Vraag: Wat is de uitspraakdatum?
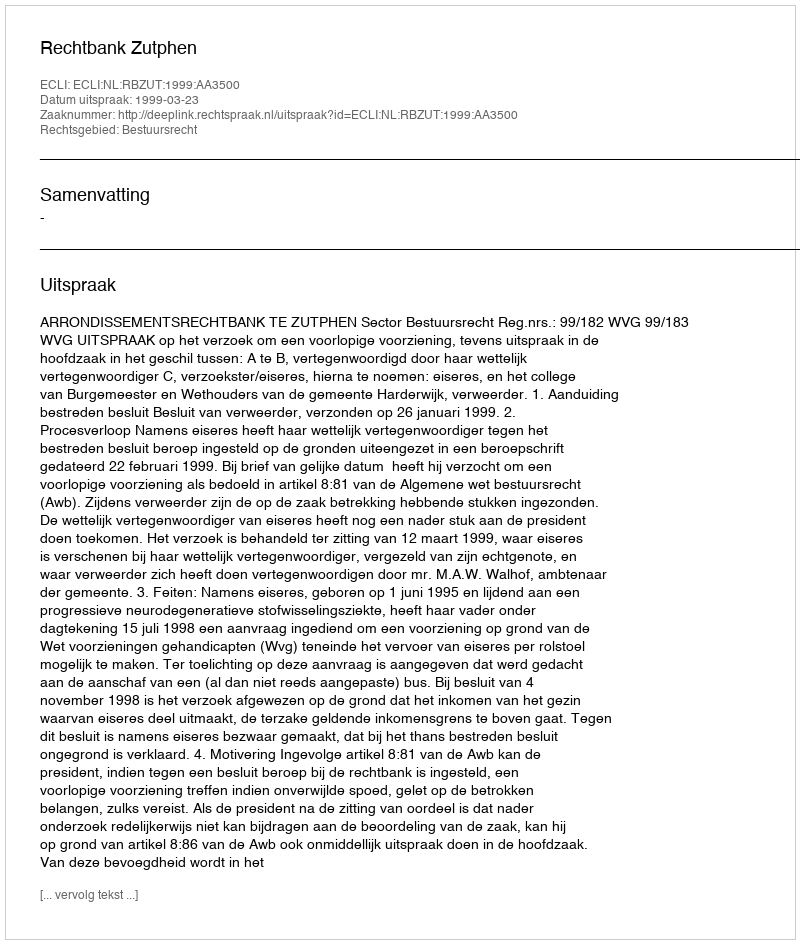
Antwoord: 1999-03-23